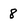
Character: 8